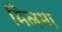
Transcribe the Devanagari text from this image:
मिलमा